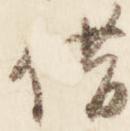
借